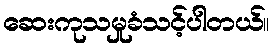
ဆေးကုသမှုခံသင့်ပါတယ်။